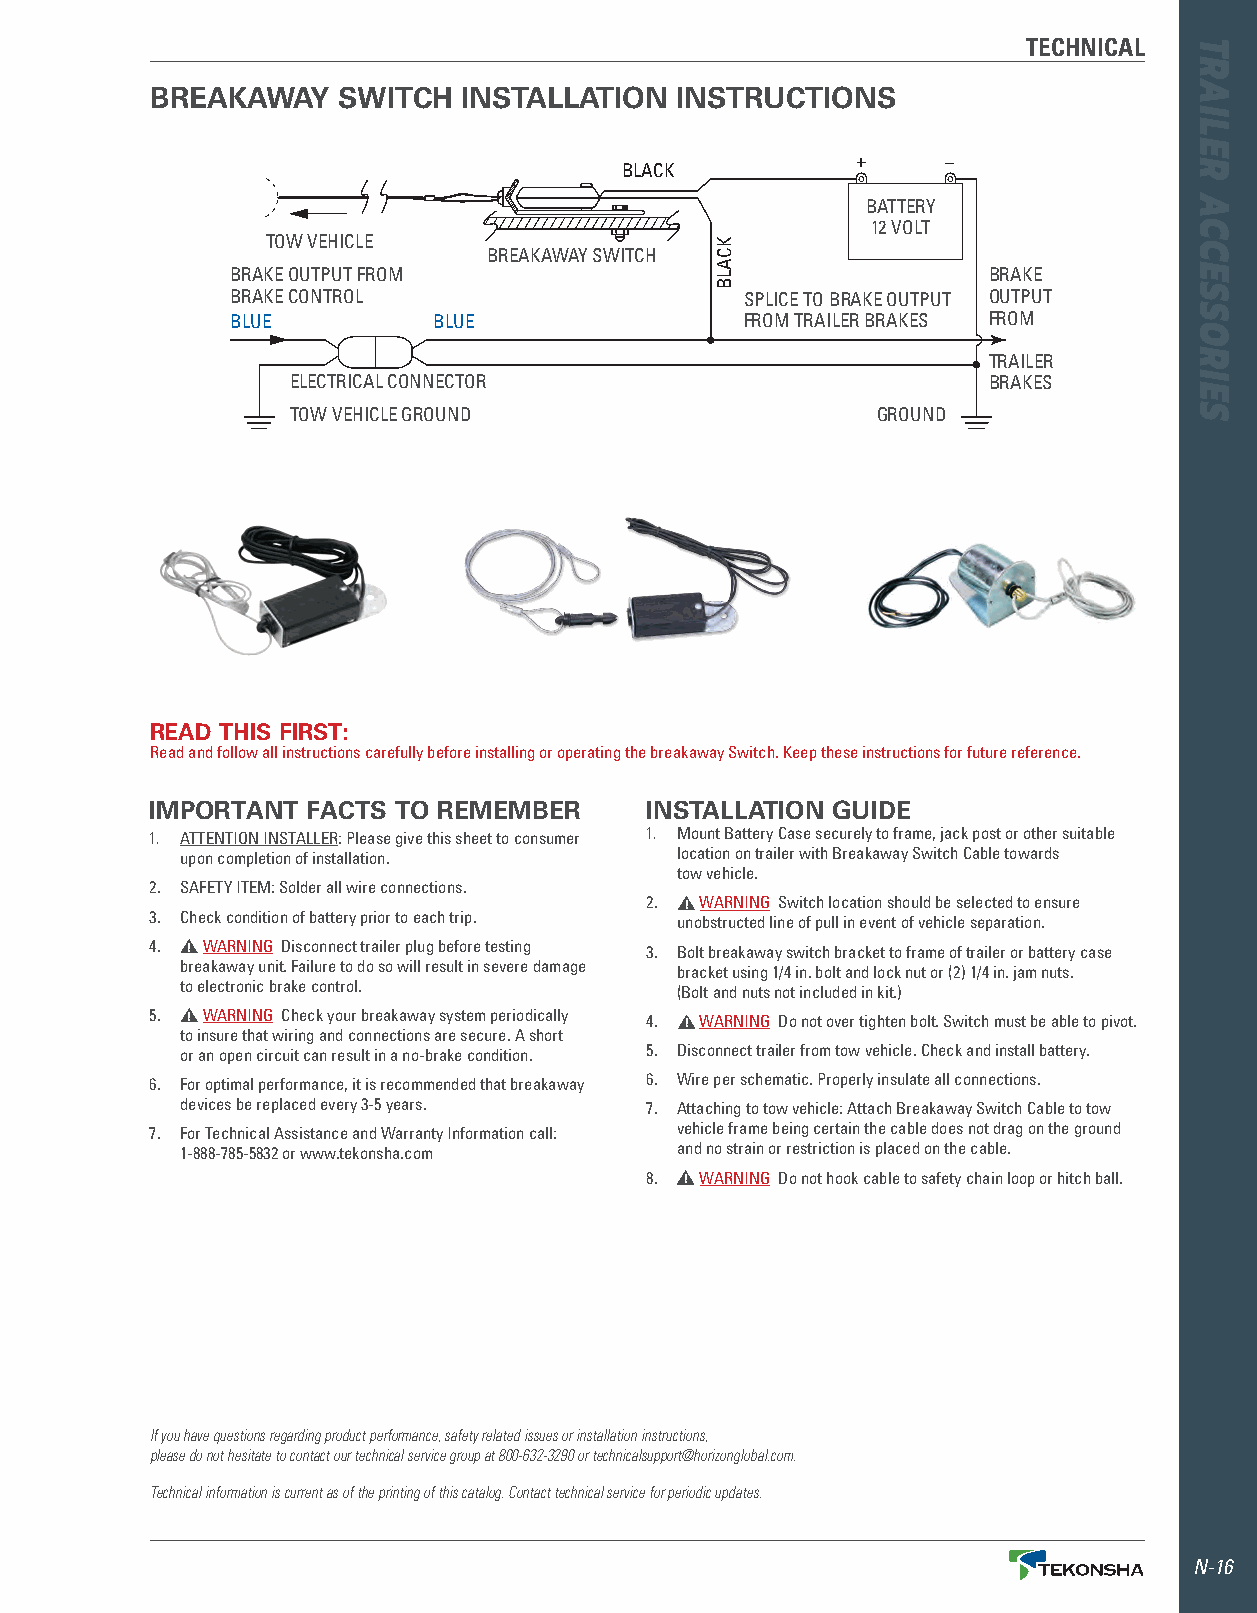
TECHNICAL
 BREAKAWAY   SWITCH   INSTALLATION  INSTRUCTIONS
 +     _
 BLACK
 BATTERY
 12 VOLT
 TOW VEHICLE
 BREAKAWAY SWITCH
 BRAKE OUTPUT FROM                                 BRAKE
 BRAKE CONTROL                     SPLICE TO BRAKE OUTPUT OUTPUT
 BLUE          BLUE                FROM TRAILER BRAKES FROM
 TRAILER
 ELECTRICAL CONNECTOR                          BRAKES
 TOW VEHICLE GROUND                     GROUND
 READ THIS FIRST:
 Read and follow all instructions carefully before installing or operating the breakaway Switch . Keep these instructions for future reference .
 IMPORTANT FACTS TO REMEMBER      INSTALLATION GUIDE
 1 . ATTENTION INSTALLER: Please give this sheet to consumer 1 . Mount Battery Case securely to frame, jack post or other suitable
 upon completion of installation . location on trailer with Breakaway Switch Cable towards
 tow vehicle .
 2 . SAFETY ITEM: Solder all wire connections .
 2 . ! WARNING Switch location should be selected to ensure
 3 . Check condition of battery prior to each trip . unobstructed line of pull in event of vehicle separation .
 4 . ! WARNING Disconnect trailer plug before testing 3 . Bolt breakaway switch bracket to frame of trailer or battery case
 breakaway unit . Failure to do so will result in severe damage bracket using 1/4 in . bolt and lock nut or (2) 1/4 in . jam nuts .
 to electronic brake control .    (Bolt and nuts not included in kit .)
 5 . ! WARNING Check your breakaway system periodically 4 . ! WARNING Do not over tighten bolt . Switch must be able to pivot .
 to insure that wiring and connections are secure . A short
 or an open circuit can result in a no-brake condition . 5 . Disconnect trailer from tow vehicle . Check and install battery .
 6 . For optimal performance, it is recommended that breakaway 6 . Wire per schematic . Properly insulate all connections .
 devices be replaced every 3-5 years . 7 . Attaching to tow vehicle: Attach Breakaway Switch Cable to tow
 7 . For Technical Assistance and Warranty Information call: vehicle frame being certain the cable does not drag on the ground
 1-888-785-5832 or www .tekonsha .com and no strain or restriction is placed on the cable .
 8 . ! WARNING Do not hook cable to safety chain loop or hitch ball .
 If you have questions regarding product performance, safety related issues or installation instructions,
 please do not hesitate to contact our technical service group at 800-632-3290 or technicalsupport@horizonglobal.com.
 Technical information is current as of the printing of this catalog. Contact technical service for periodic updates.
 N-16
 KCALB
 TRAILER
 ACCESSORIES